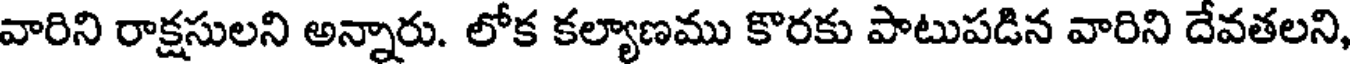
వారిని రాక్షసులని అన్నారు. లోక కల్యాణము కొరకు పాటుపడిన వారిని దేవతలని,